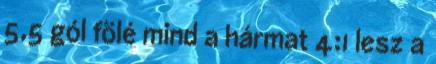
5,5 gól fölé mind a hármat 4:1 lesz a